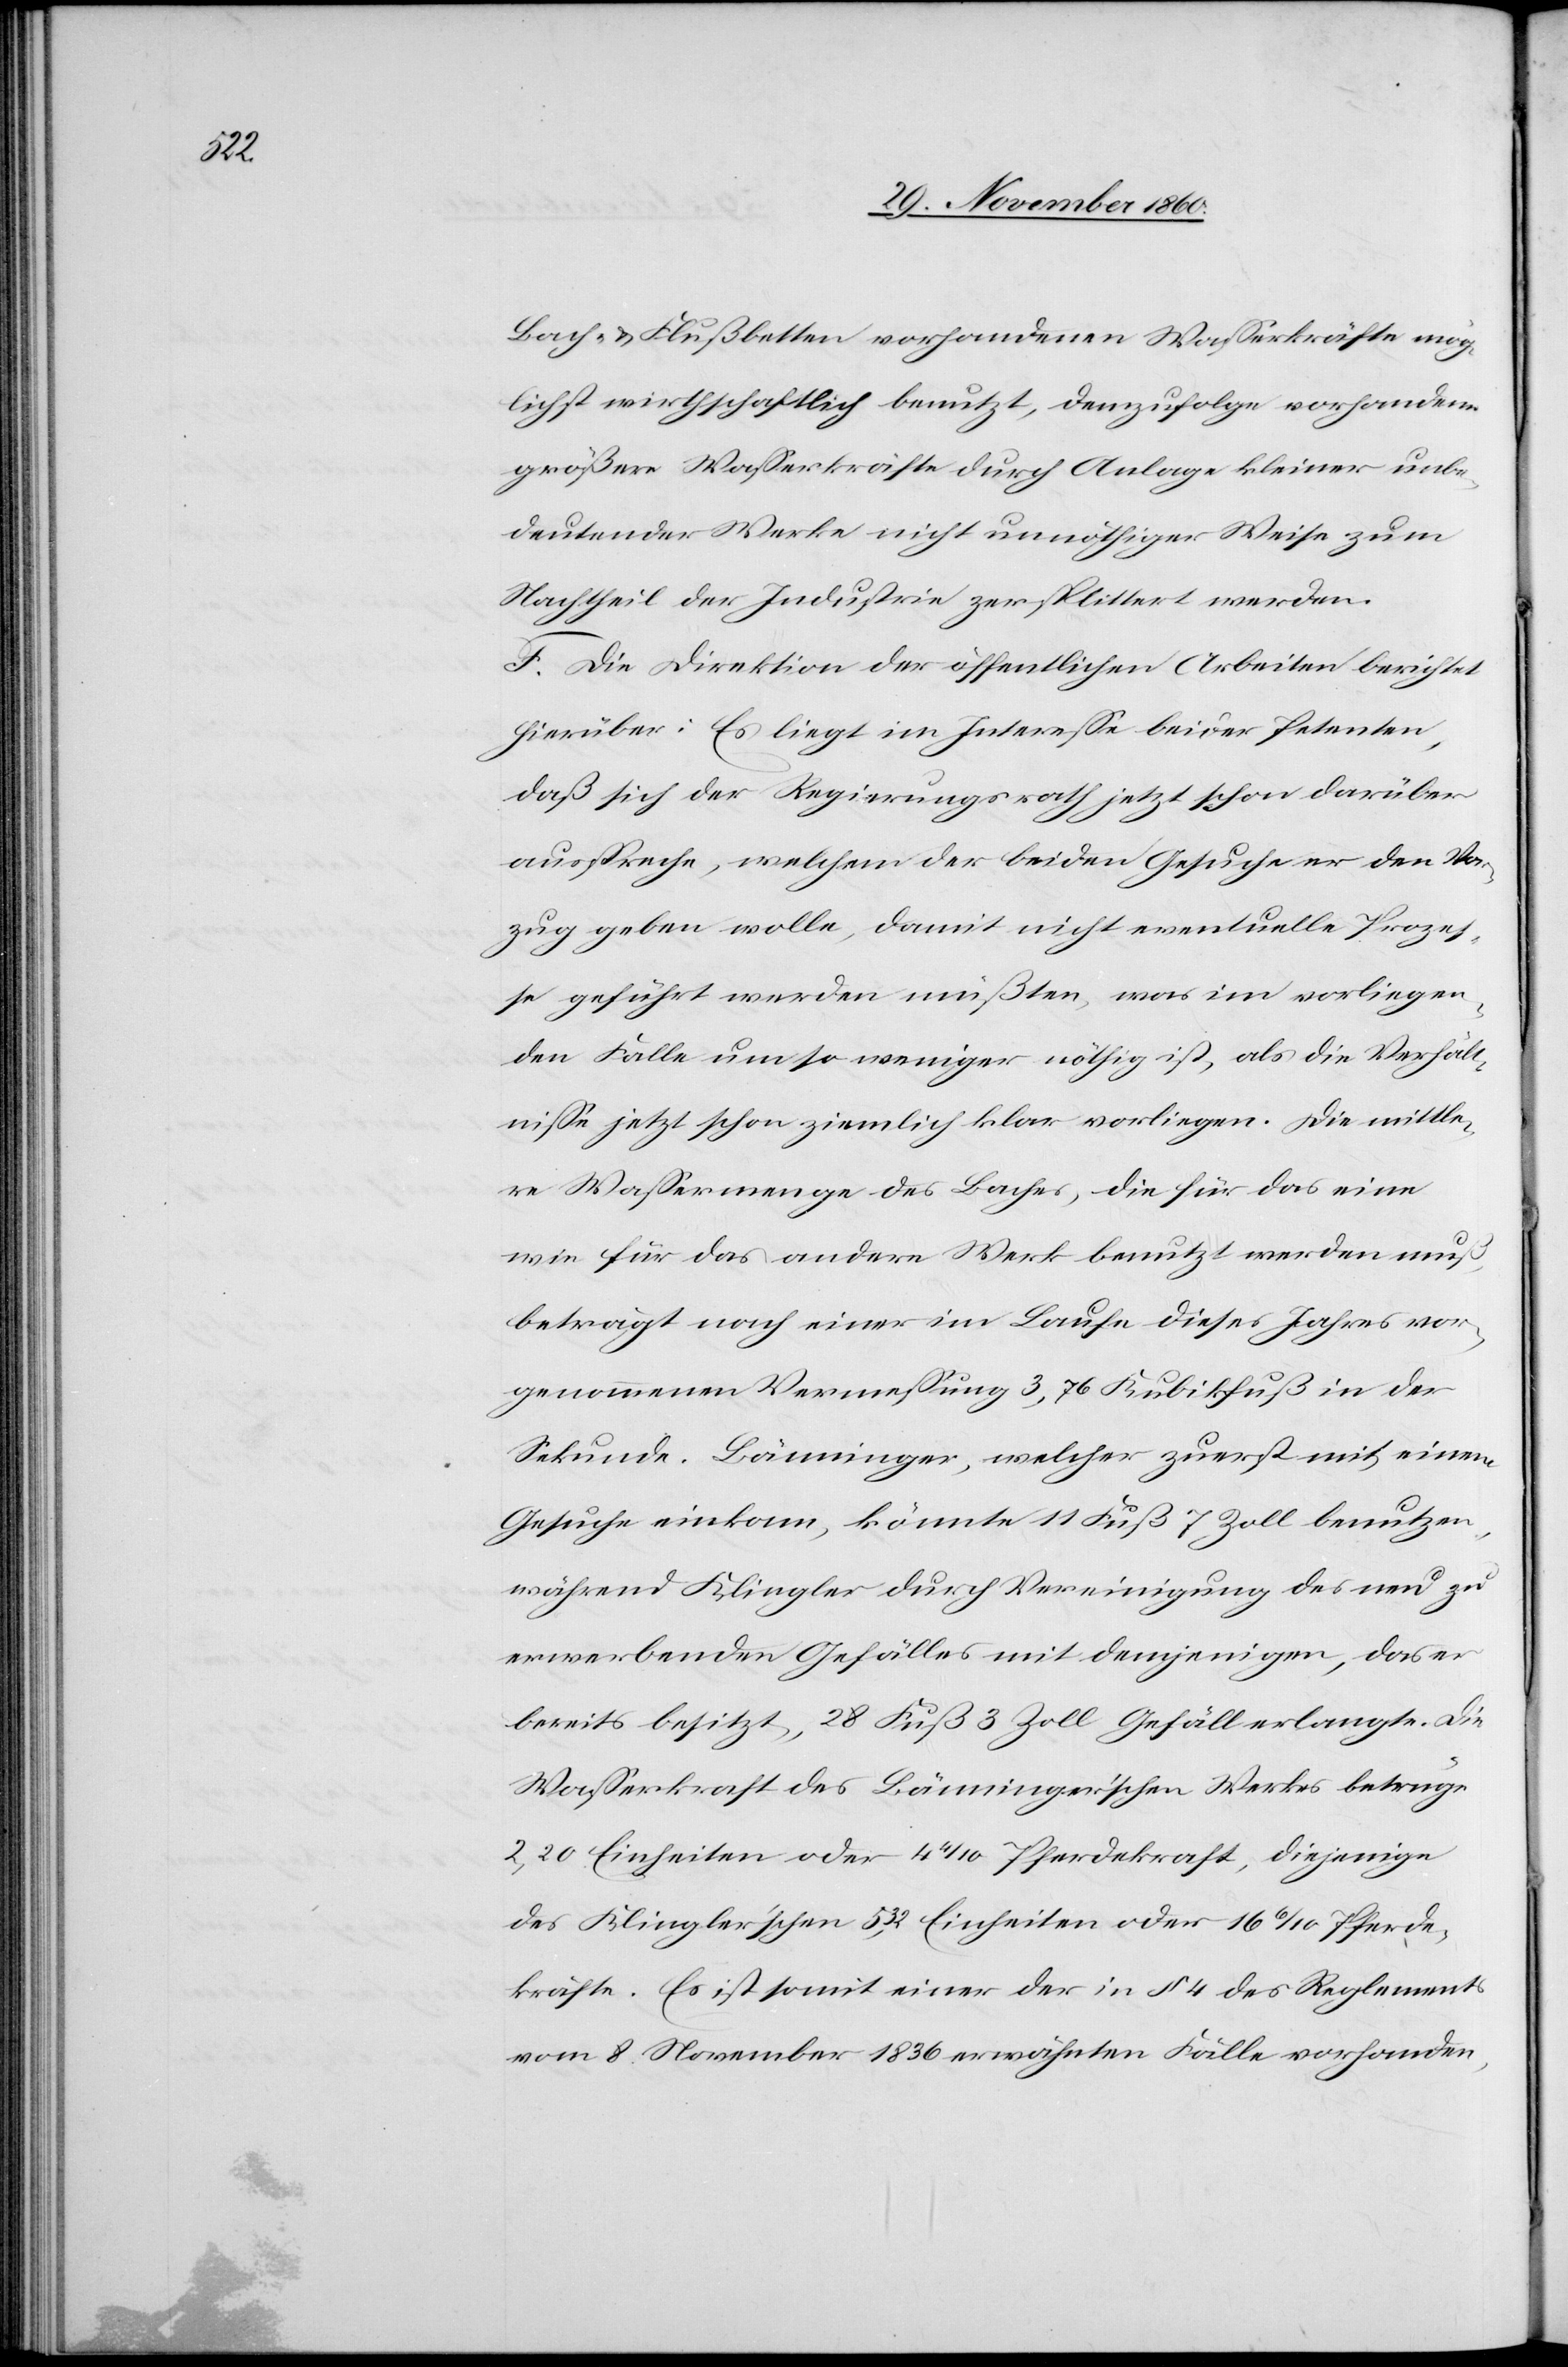
Bach- u. Flußbetten vorhandenen Wasserkräfte mög¬
lichst wirthschaftlich benutzt, demzufolge vorhandene
größere Wasserkräfte durch Anlage kleiner unbe¬
deutender Werke nicht unnöthiger Weise zum
Nachtheil der Industrie zersplittert werden.
F. Die Direktion der öffentlichen Arbeiten berichtet
hierüber. Es liegt im Interesse beider Petenten,
daß sich der Regierungsrath jetzt schon darüber
ausspreche, welchem der beiden Gesuche er den Vor¬
zug geben wolle, damit nicht eventuelle Prozes¬
se geführt werden müßten, was im vorliegen¬
den Falle um so weniger nöthig ist, als die Verhält¬
nisse jetzt schon ziemlich klar vorliegen. Die mittle¬
re Wassermenge des Baches, die für das eine
wie für das andere Werk benutzt werden muß,
beträgt nach einer im Laufe dieses Jahres vor¬
genommenen Vermessung 3,76 Kubikfuß in der
Sekunde. Bänninger, welcher zuerst mit einem
Gesuche einkam, könnte 11 Fuß 7 Zoll benutzen,
während Klingler durch Vereinigung des neu zu
erwerbenden Gefälles mit demjenigen, das er
bereits besitzt, 28 Fuß 3 Zoll Gefäll erlangte. Die
Wasserkraft des Bänninger’schen Werkes betrüge
2,20 Einheiten oder 4 4/10 Pferdekraft, diejenige
des Klinger’schen 5,32 Einheiten oder 16 6/10 Pferde¬
kräfte. Es ist somit einer der in § 4 des Reglements
vom 8. November 1836 erwähnten Fälle vorhanden,